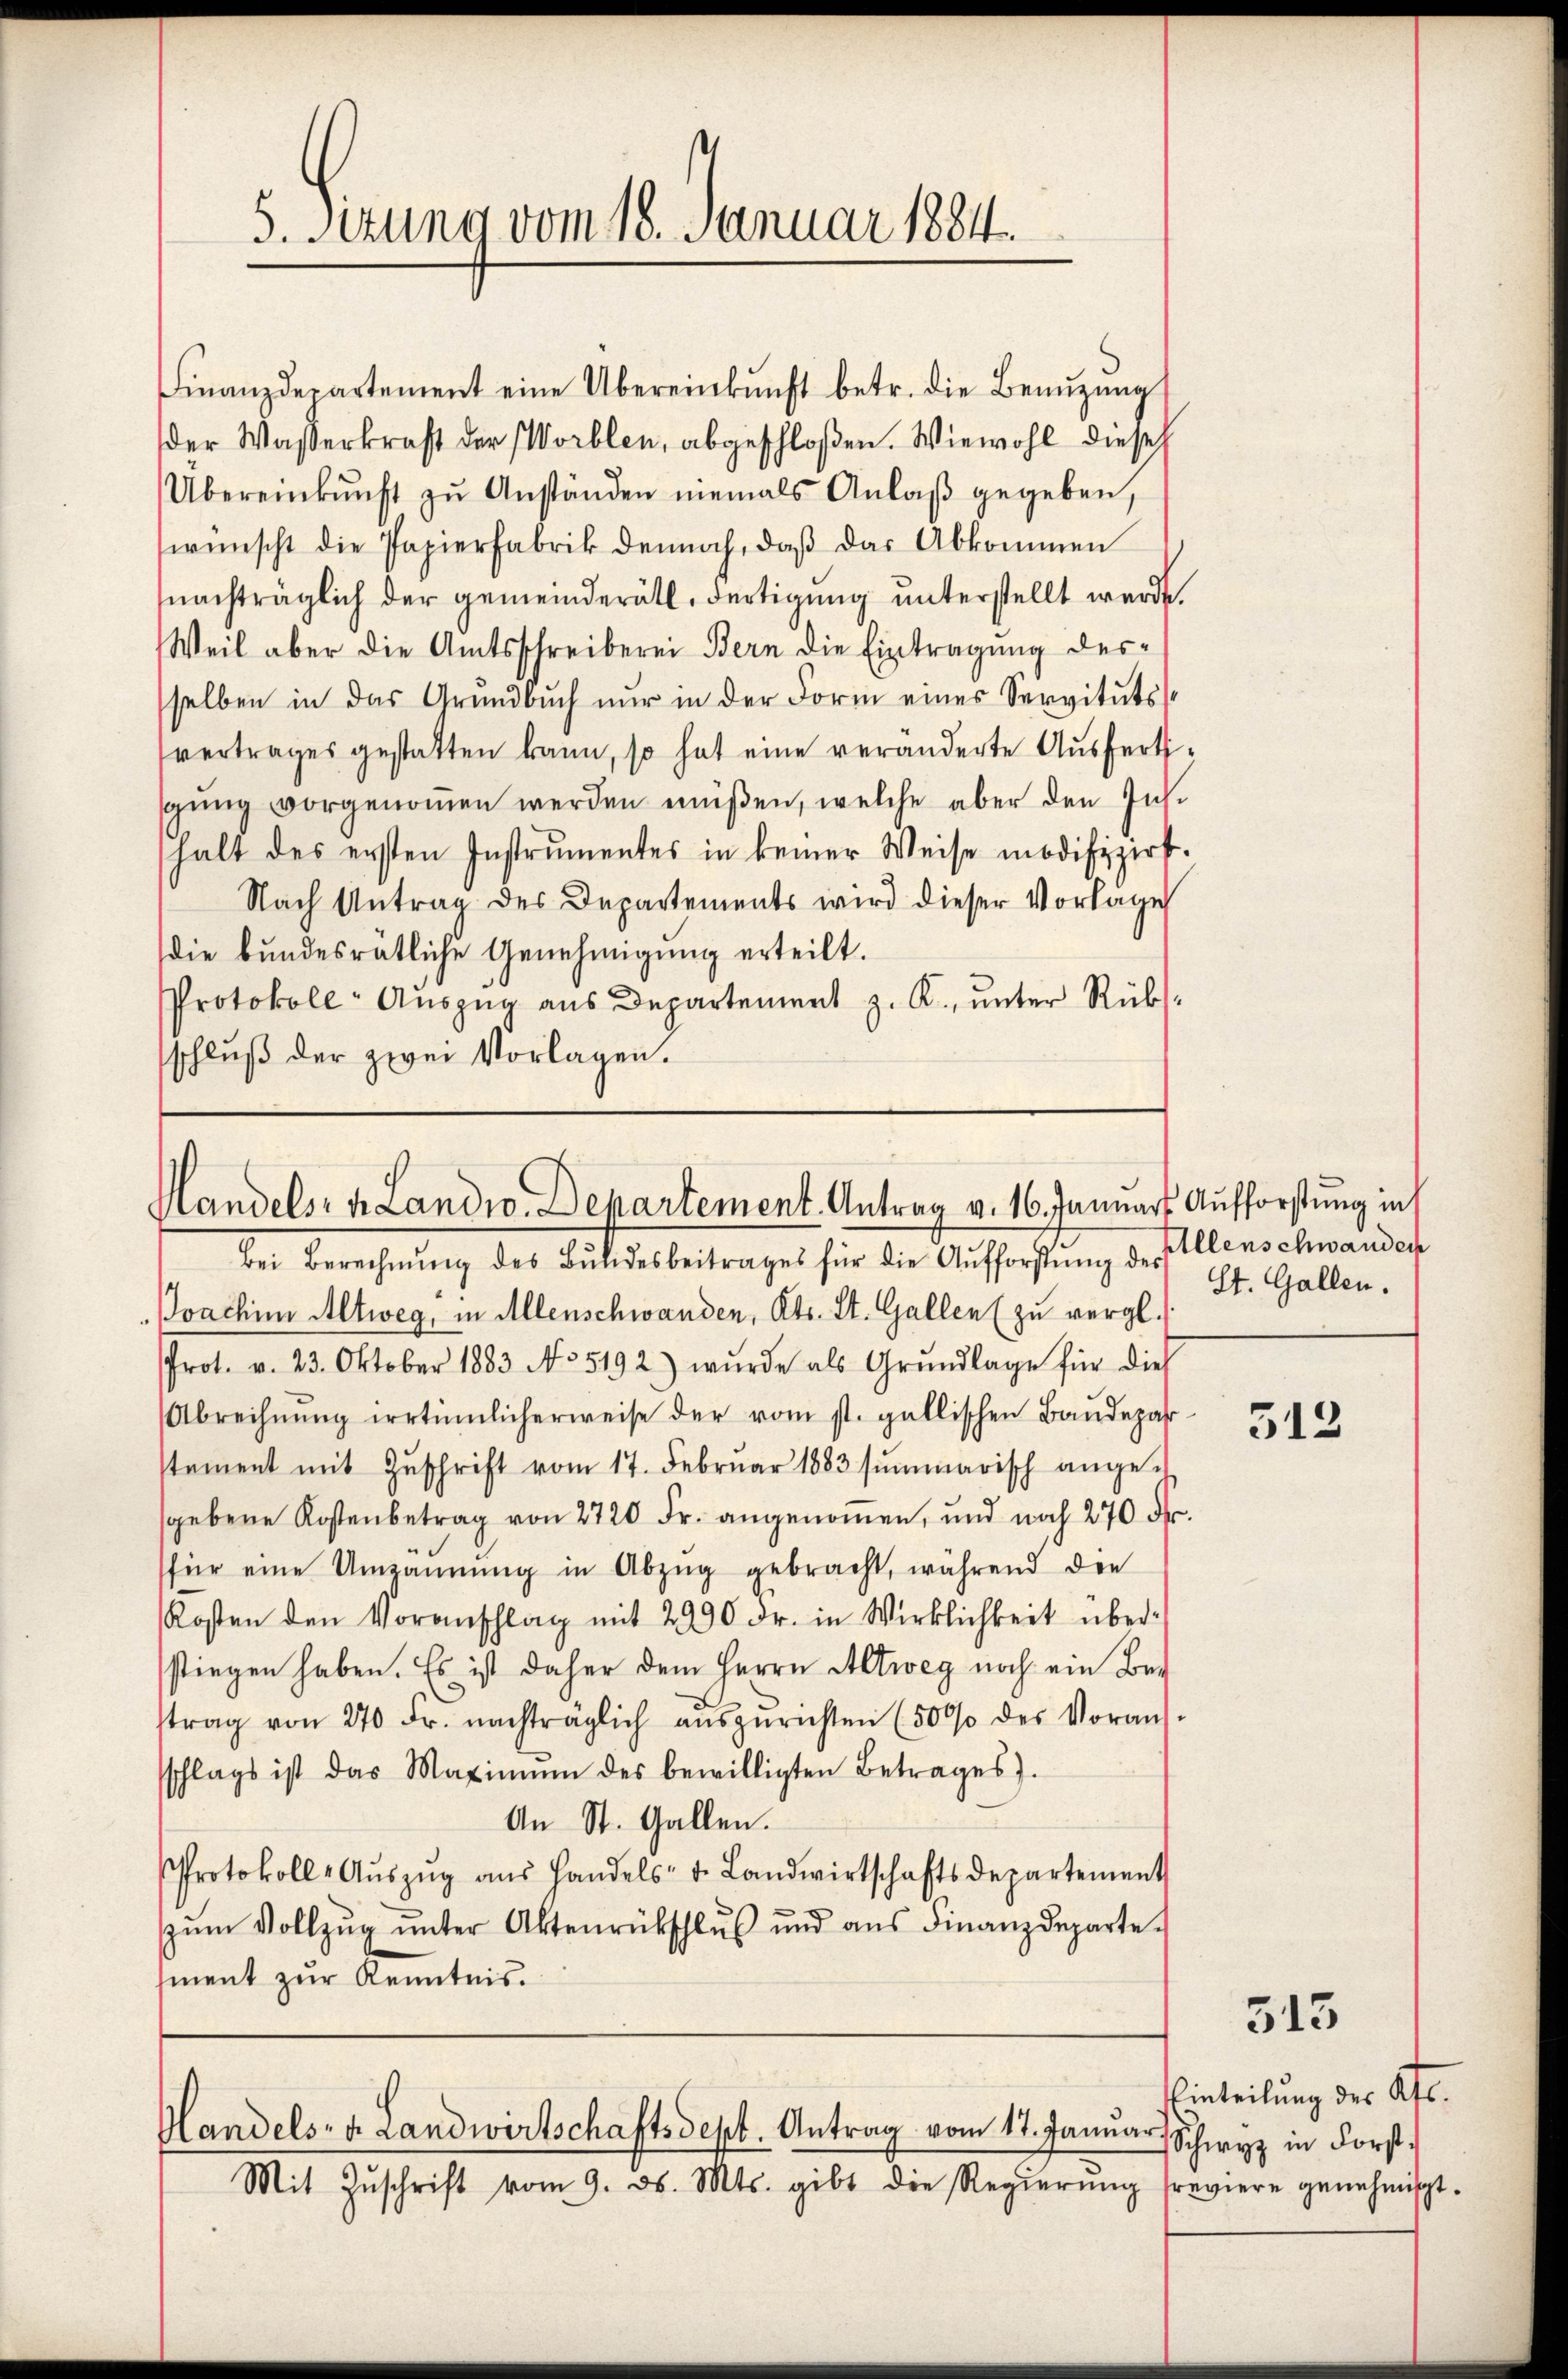
5. Setzung vom 18. Januar 1884.

Finanzdepartement eine Übereinkunft betr. die Benŭtzŭng
der Wasserkraft der Worblen, abgeschloßen. Wiewohl diese
Übereinkunft zŭ Anständen niemals Anlaβ gegeben,
wünscht die Papierfabrik dennoch, daß das Abkommen
nachträglich der gemeinderätl. Fertigung unterstellt werde.
Weil aber die Amtsschreiberei Bern die Eintragung desselben in das Grundbuch nur in der Form eines Servitutsvertrages gestatten kann, so hat eine veränderte Ausfertigung vorgenommen werden müßen, welche aber den Ins
halt des ersten Instrumentes in keiner Weise modifizirt.
Nach Antrag des Departements wird dieser Vorlage
(die bŭndesrätliche Genehmigŭng erteilt.
Protokoll- Aŭszŭg aŭs Departement z. K., ŭnter Rüks-
schluß der zwei Vorlagen.

Handels- u. Landro. Departement. Antrag v. 16. Januars Aufforstung in
Bei Berechnŭng des Bŭlidesbeitrages für die Aufforstung der Allenschwanden

Joachim Altweg, in Allenschwanden, Kts. St. Gallen (zu vergl.
Prot. v. 23. Oktober 1883 No 5192) wŭrde als Grŭndlage für dies
Abrechnŭng irrtümlicherweise der vom st. gallischen Baudepahr
stament mit Zŭschrift vom 17. Febrŭar 1883 summarisch ange-
sgebene Kostenbetrag von 2720 Fr. angenommen, und noch 270 Fr.
für eine Umzäŭnŭng in Abzŭg gebracht, während die
Kosten den Voranschlag mit 2990 Fr. in Wirklichkeit über-
stiegen haben. Es ist daher dem Herrn Altweg noch ein Betrag von 270 Fr. nachträglich aŭszŭrichten (500% des Vorans-
sschlags ist das Maximŭm des bewilligten Betrages).
An St. Gallen.
Protokoll-Aŭszŭg aŭs Handels- u. Landwirtschaftsdepartement
zŭm Vollzŭg ŭnter Aktenrückschlŭs ŭnd aŭs Finanzdeparte.
ment zur Kenntnis.

Handels- u. Landwirtschaftsdept. Antrag vom 17. Januar.

Mit Zŭschrift vom 9. d. Mts. gibt die Regierŭng sreviere genehmigt.

St. Gallen.

312

513

Einteilung der Af.
Schwyz in Forst¬